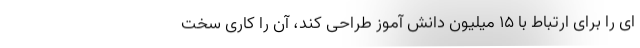
ای را برای ارتباط با ۱۵ میلیون دانش آموز طراحی کند، آن را کاری سخت